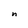
Character: n